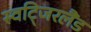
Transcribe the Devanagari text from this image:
स्वटि्जरलैंड